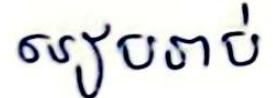
រៀបរាប់